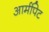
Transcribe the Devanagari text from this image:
आर्मपिट